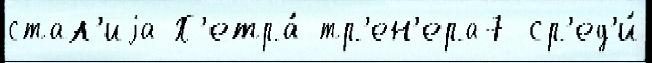
стал'иjа П'етра́ тр'ен'ера7 ср'ед'и́